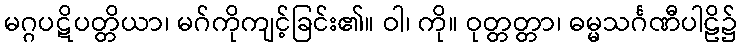
မဂ္ဂပဋိပတ္တိယာ၊ မဂ်ကိုကျင့်ခြင်း၏။ ဝါ၊ ကို။ ဝုတ္တတ္တာ၊ ဓမ္မသင်္ဂဏီပါဠိ၌